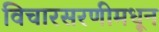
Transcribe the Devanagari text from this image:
विचारसरणीमधून